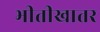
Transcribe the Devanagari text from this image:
भीतीखातर